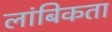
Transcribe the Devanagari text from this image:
लांबिकता